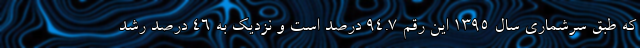
که طبق سرشماری سال ۱۳۹۵ این رقم ۹۴.۷ درصد است و نزدیک به ۴۶ درصد رشد